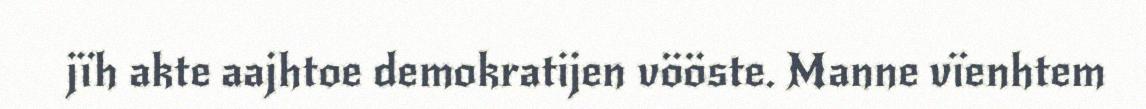
jïh akte aajhtoe demokratijen vööste. Manne vïenhtem